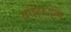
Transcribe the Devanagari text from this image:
बाङ्गेफड्के